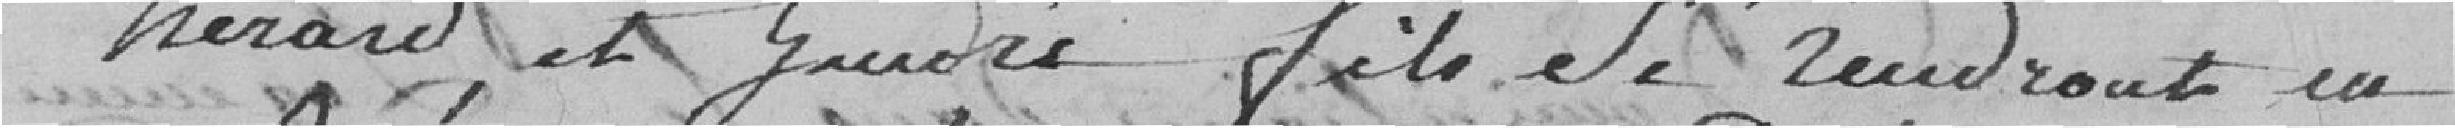
Herard et Gendré fils se rendront en